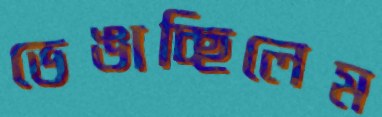
ভেঙাচ্ছিলেম